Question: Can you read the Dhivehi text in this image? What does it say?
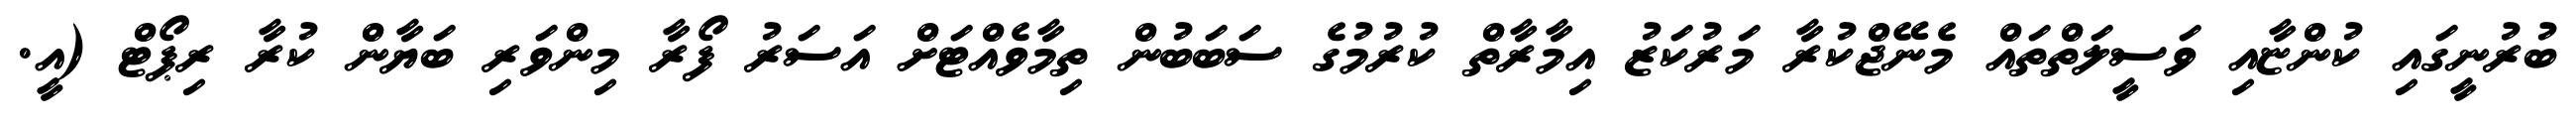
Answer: ބުރުނީގައި ކުންޏާއި ވަސީލަތްތައް މެނޭޖްކުރާ މަރުކަޒު އިމާރާތް ކުރުމުގެ ސަބަބުން ތިމާވެއްޓަށް އަސަރު ފޯރާ މިންވަރި ބަޔާން ކުރާ ރިޕޯޓް (އީ.